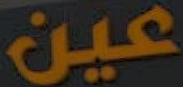
عين